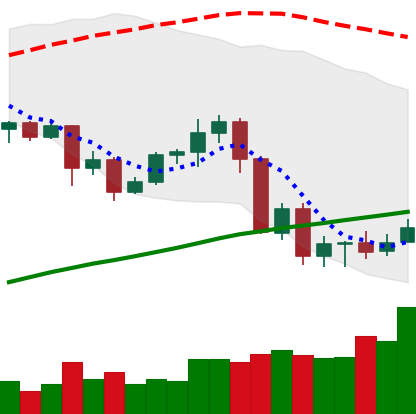
Ticker: ADA-USD
Chart end date: 2020-09-10
Forward return: -3.767%
Label: down_3_5